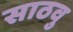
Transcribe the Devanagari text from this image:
साठवु